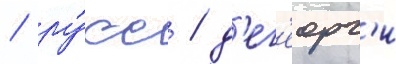
/ ру́сс / д'ег'еорг'и